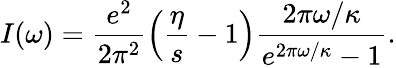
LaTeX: I(\omega)=\frac{e^{2}}{2\pi^{2}}\left(\frac{\eta}{s}-1\right)\frac{2\pi\omega/\kappa}{e^{2\pi\omega/\kappa}-1}.